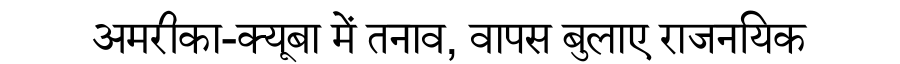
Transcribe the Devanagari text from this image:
अमरीका-क्यूबा में तनाव, वापस बुलाए राजनयिक